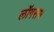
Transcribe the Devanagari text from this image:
लॉगसम